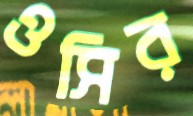
ওসির